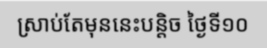
ស្រាប់តែមុននេះបន្តិច ថ្ងៃទី១០